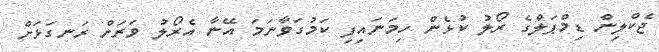
ޖެކްލިން ޑިމްޕަލްގެ ރޯލު ކުޅެން ހިމަނައިފި ކަމުގަވާނަމަ އޭނާ އެރޯލު ވަރަށް ރަނގަޅަށް